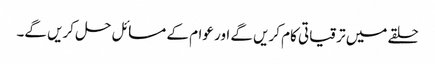
حلقے میں ترقیاتی کام کریں گے اور عوام کے مسائل حل کریں گے۔